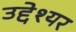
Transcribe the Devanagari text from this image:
उद्देश्यर